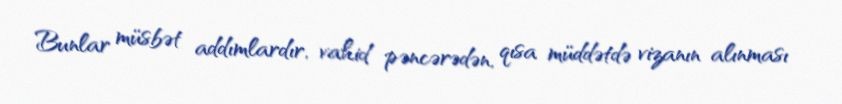
Bunlar müsbət addımlardır, vahid pəncərədən, qısa müddətdə vizanın alınması